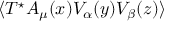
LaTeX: \langle T ^ { \star } A _ { \mu } ( x ) V _ { \alpha } ( y ) V _ { \beta } ( z ) \rangle